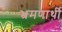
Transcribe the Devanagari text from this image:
भ्रमणार्थी